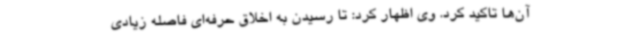
آن‌ها تاکید کرد. وی اظهار کرد: تا رسیدن به اخلاق حرفه‌ای فاصله زیادی